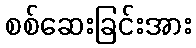
စစ်ဆေးခြင်းအား